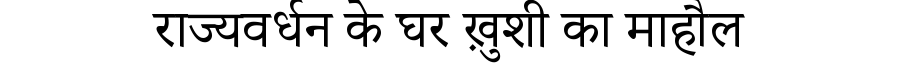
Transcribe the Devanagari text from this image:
राज्यवर्धन के घर ख़ुशी का माहौल